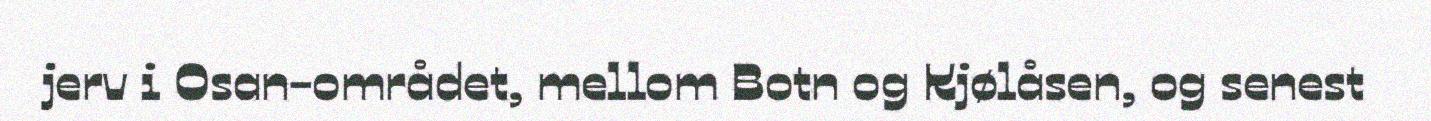
jerv i Osan-området, mellom Botn og Kjølåsen, og senest